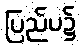
ပြည်ပ၌